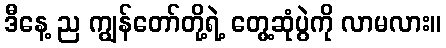
ဒီနေ့ ည ကျွန်တော်တို့ရဲ့ တွေ့ဆုံပွဲကို လာမလား။